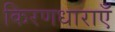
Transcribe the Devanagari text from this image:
किरणधाराएँ